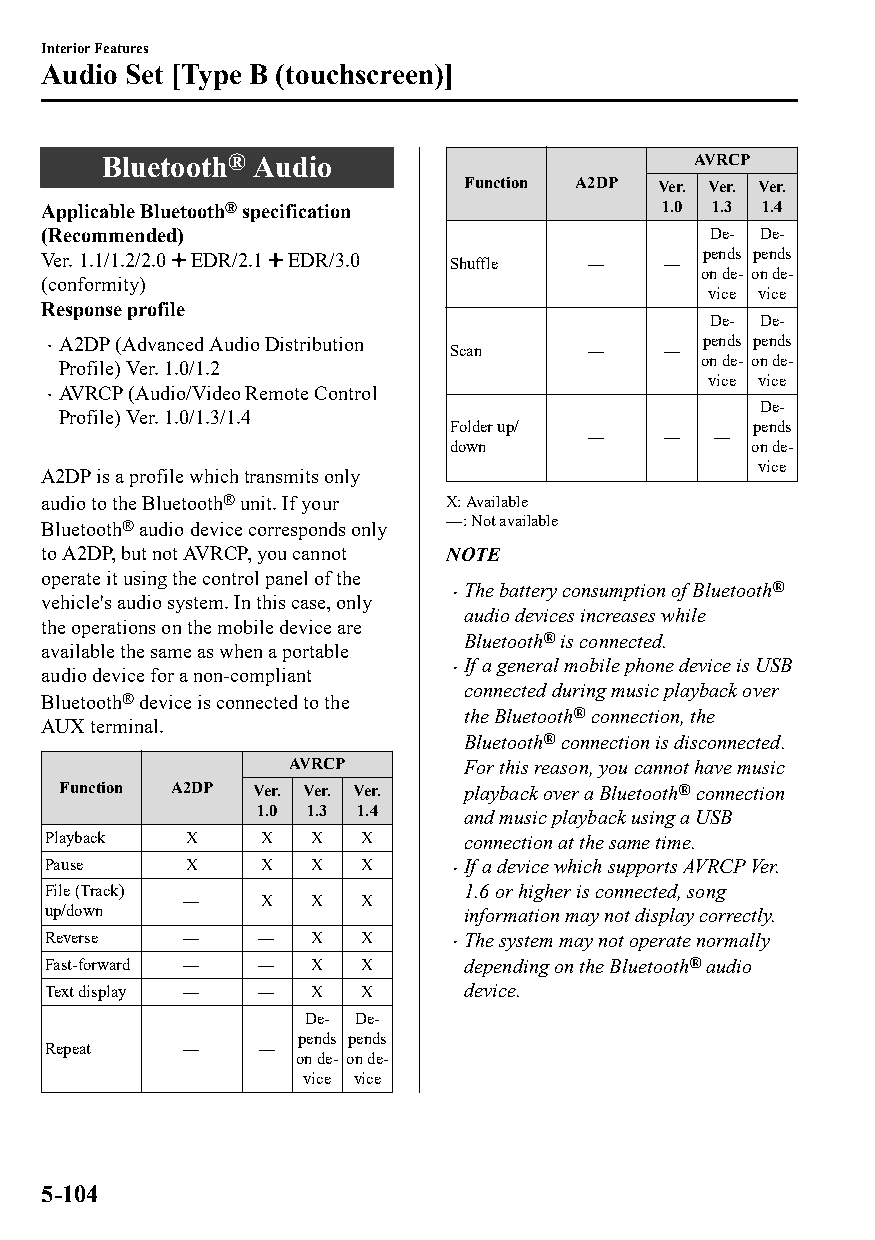
Interior Features
 Audio Set [Type B (touchscreen)]
 Bluetooth® Audio                        AVRCP
 Function A2DP Ver. Ver. Ver.
 Applicable Bluetooth® specification       1.0 1.3 1.4
 (Recommended)                                De‐ De‐
 Ver. 1.1/1.2/2.0 EDR/2.1 EDR/3.0 Shuffle — — pends pends
 on de‐ on de‐
 (conformity)
 vice vice
 Response profile
 De‐ De‐
 A2DP (Advanced Audio Distribution         pends pends
                          Scan      —    —
 on de‐ on de‐
 Profile) Ver. 1.0/1.2
 vice vice
 AVRCP (Audio/Video Remote Control
 
 De‐
 Profile) Ver. 1.0/1.3/1.4
 Folder up/           pends
 —    —  —
 down                on de‐
 vice
 A2DP is a profile which transmits only
 audio to the Bluetooth® unit. If your X: Available
 Bluetooth® audio device corresponds only —: Not available
 to A2DP, but not AVRCP, you cannot NOTE
 operate it using the control panel of the
 The battery consumption of Bluetooth®
 vehicle's audio system. In this case, only 
 audio devices increases while
 the operations on the mobile device are
 Bluetooth® is connected.
 available the same as when a portable
 If a general mobile phone device is USB
 audio device for a non-compliant 
 connected during music playback over
 Bluetooth® device is connected to the
 the Bluetooth® connection, the
 AUX terminal.
 Bluetooth® connection is disconnected.
 AVRCP      For this reason, you cannot have music
 Function A2DP Ver. Ver. Ver. playback over a Bluetooth® connection
 1.0 1.3 1.4  and music playback using a USB
 Playback X    X  X   X     connection at the same time.
 Pause    X    X  X   X     If a device which supports AVRCP Ver.
 
 File (Track)               1.6 or higher is connected, song
 —    X  X   X
 up/down                    information may not display correctly.
 Reverse  —    —  X   X     The system may not operate normally
 
 Fast-forward — — X   X     depending on the Bluetooth® audio
 Text display — — X   X     device.
 De‐ De‐
 pends pends
 Repeat   —    —
 on de‐ on de‐
 vice vice
 5-104
 CX-3_8GT4-EE-18D_Edition4                  2018-9-6 18:32:19